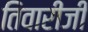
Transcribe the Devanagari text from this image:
तिवारीजी